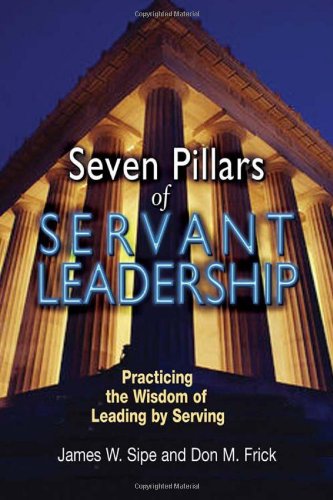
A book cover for Seven Pillars of Servant Leadership: Practicing the Wisdom of Leading by Serving; James W. Sipe; Christian Books & Bibles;